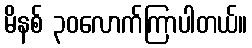
မိနစ် ၃၀လောက်ကြာပါတယ်။